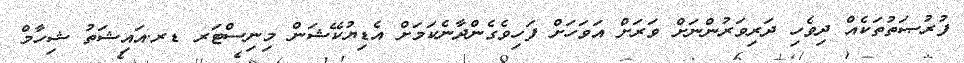
ފުރުޞަތުތަކެއް ދިވެހި ދަރިވަރުންނަށް ވަރަށް އަވަހަށް ފަހިވެގެންދާނެކަމަށް އެޑިޔުކޭޝަން މިނިސްޓަރ ޑރ.އައިޝަތު ޝިހާމް